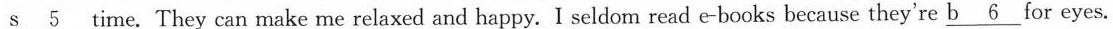
\underline{s 5} time. They can make me relaxed and happy. I seldom read e-books because they're \underline{b 6 } for eyes.